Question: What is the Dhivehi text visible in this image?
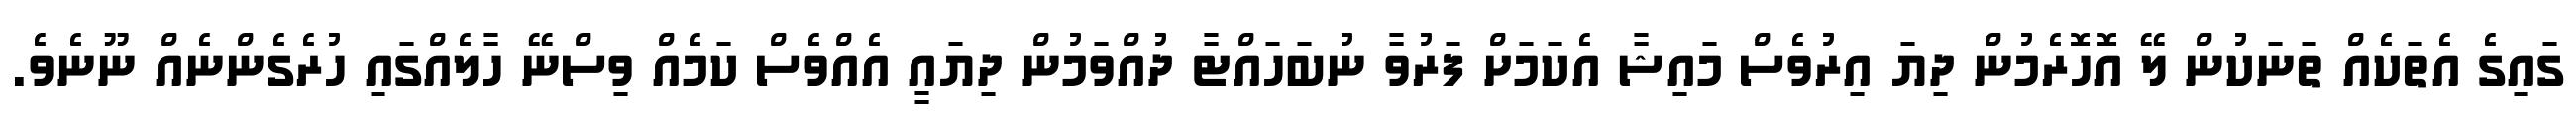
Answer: ގައިގެ އެތަކެއް ތަނަކުން ލޭ އޮހޮރެމުން ދިޔަ އިރުވެސް މައިޝާ އެކަމަށް ފަރުވާ ނުބަހައްޓާ ދުއްވަމުން ދިޔައީ އެއްވެސް ކަމެއް ވިސްނޭ ހާލެއްގައި ހުރެގެންނެއް ނޫނެވެ.